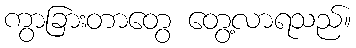
ကွာခြားတာတွေ တွေ့လာရသည်။